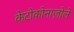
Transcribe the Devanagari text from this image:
केटोकोनाज़ोले